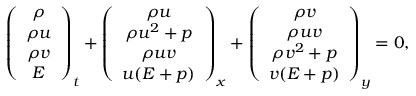
\left( \begin{array} { c } { \rho } \\ { \rho u } \\ { \rho v } \\ { E } \end{array} \right) _ { t } + \left( \begin{array} { c } { \rho u } \\ { \rho u ^ { 2 } + p } \\ { \rho u v } \\ { u ( E + p ) } \end{array} \right) _ { x } + \left( \begin{array} { c } { \rho v } \\ { \rho u v } \\ { \rho v ^ { 2 } + p } \\ { v ( E + p ) } \end{array} \right) _ { y } = 0 ,